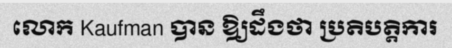
លោក Kaufman បាន ឱ្យដឹងថា ប្រតិបត្តិការ